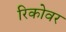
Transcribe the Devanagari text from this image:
रिकोवर